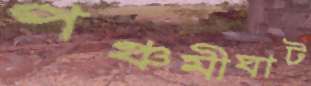
পঞ্চমীঘাট